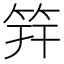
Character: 筓